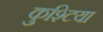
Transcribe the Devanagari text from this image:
कुश्टिया